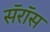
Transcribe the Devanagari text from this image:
सॅरॉस